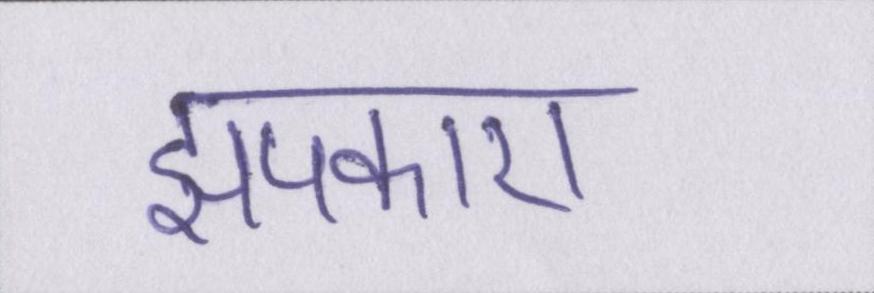
झपकाए